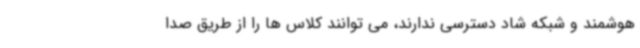
هوشمند و شبکه شاد دسترسی ندارند، می توانند کلاس ها را از طریق صدا